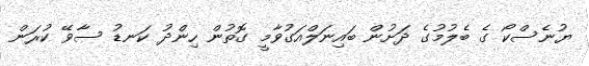
ޔުނެސްކޯ ގެ ބެލުމުގެ ދަށުން ބައިނަލްއަގުވާމީ ގޮތުން ހިންދު ކަނޑު ސާވޭ ކުރަން